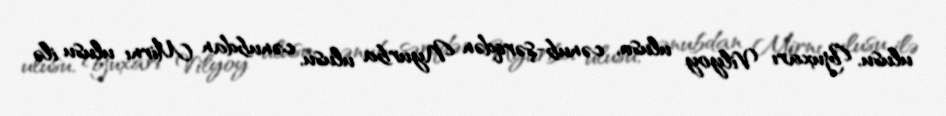
ulusu, Yuxarı Vilyoy ulusu, cənub-şərqdən Nyurba ulusu, cənubdan Mirnı ulusu ilə